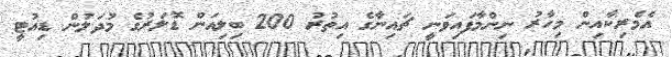
އެމެރިކާއިން މިހާރު ނިންމާފައިވަނީ ޗައިނާގެ އިތުރު 200 ބިލިއަން ޑޮލަރުގެ މުދަލުން ޑިއުޓީ